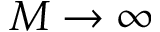
M \to \infty